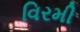
વિરમી